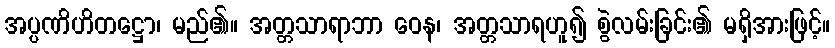
အပ္ပဏိဟိတဋ္ဌော၊ မည်၏။ အတ္တသာရာဘာ ဝေန၊ အတ္တသာရဟူ၍ စွဲလမ်းခြင်း၏ မရှိအားဖြင့်။